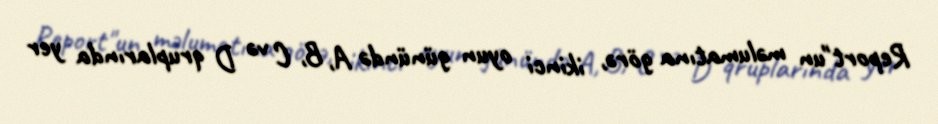
Report"un məlumatına görə, ikinci oyun günündə A, B, C və D qruplarında yer